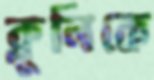
ক্লুনিকে